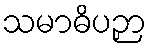
သမာဓိပဉှာ